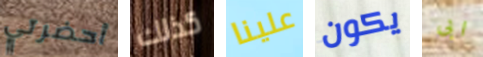
أحضرتي كذلك علينا يكون ابى